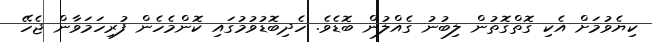
ކިޔެވުމަށް އެކި ގޮތްގޮތުން ލިބުނު ގެއްލުން ބޮޑެވެ. ހެދިބޮޑުވުމުގައި ކޮންމެހެން ފުރިހަމަވާން ޖެހޭ